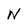
Character: N